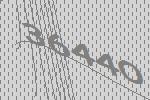
36440